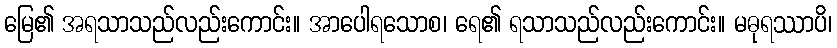
မြေ၏ အရသာသည်လည်းကောင်း။ အာပေါရသောစ၊ ရေ၏ ရသာသည်လည်းကောင်း။ မဓုရဿာပိ၊